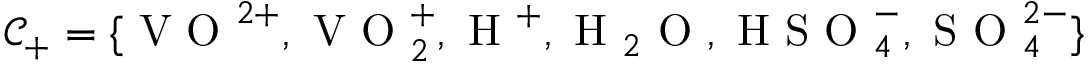
\mathcal { C } _ { + } = \{ \mathrm { ~ V ~ O ~ } ^ { 2 + } , \mathrm { ~ V ~ O ~ } _ { 2 } ^ { + } , \mathrm { ~ H ~ } ^ { + } , \mathrm { ~ H ~ } _ { 2 } \mathrm { ~ O ~ } , \mathrm { ~ H ~ S ~ O ~ } _ { 4 } ^ { - } , \mathrm { ~ S ~ O ~ } _ { 4 } ^ { 2 - } \}